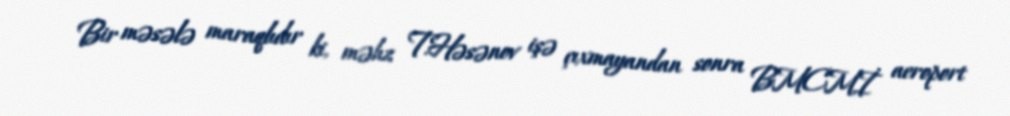
Bir məsələ maraqlıdır ki, məhz T.Həsənov işə çıxmayandan sonra BMCMİ aeroport